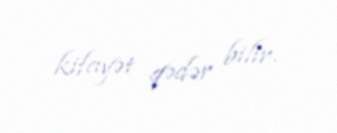
kifayət qədər bilir.